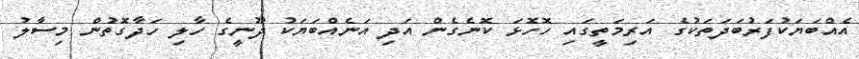
އެއްބަޔަކުފަރުބަދަތަކުގެ އަރިމަތީގައި ހޮހޮޅަ ކޮނެގެން އަދި އަނެއްބަޔަކު ދޫނީގެ ހާލި ހަދާގޮތުން މިސާލު